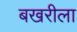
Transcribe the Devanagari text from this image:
बखरीला